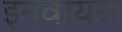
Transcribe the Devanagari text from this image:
इनवायस